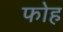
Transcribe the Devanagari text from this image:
फोह